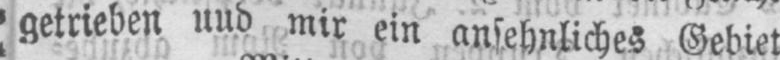
getrieben und mir ein ansehnliches Gebiet